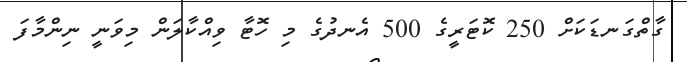
ގާތްގަނޑަކަށް 250 ކޮޓަރީގެ 500 އެނދުގެ މި ހޮޓާ ވިއްކާލަން މިވަނީ ނިންމާފަ